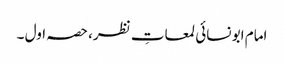
امام ابو نسائی لمعاتِ نظر، حصہ اول ۔